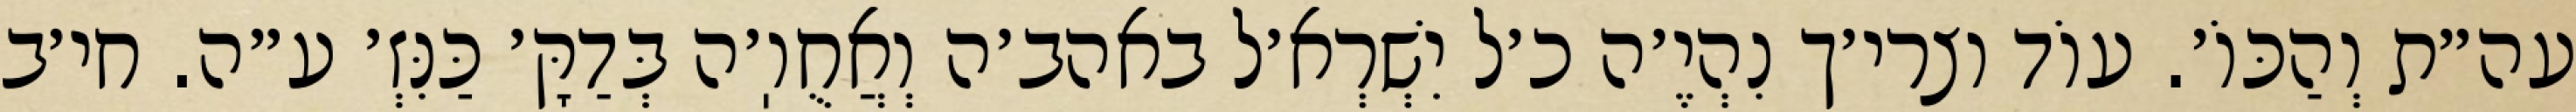
עה״ת וְהַכּוֹ׳. עוֹד וצרי׳ך נִהְיֶ׳ה כ׳ל יִשְׁרְא׳ל באהב׳ה וְאֲחֻוֽ׳ה בְּדַקָּ׳ כַּנִּזְ׳ ע״ה. חי׳ב